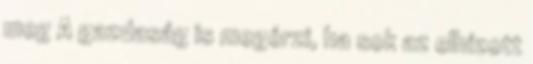
meg A gazdaság is megérzi, ha sok az elhízott